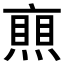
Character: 𠆐